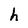
Character: h